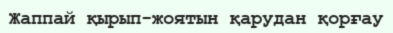
Жаппай қырып-жоятын қарудан қорғау